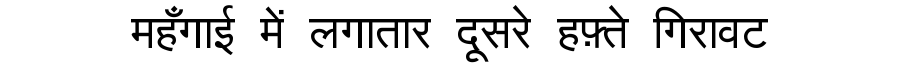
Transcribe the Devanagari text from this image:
महँगाई में लगातार दूसरे हफ़्ते गिरावट